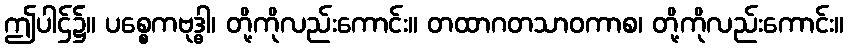
ဤပါဌ်၌။ ပစ္စေကဗုဒ္ဓါ၊ တို့ကိုလည်းကောင်း။ တထာဂတသာဝကာစ၊ တို့ကိုလည်းကောင်း။